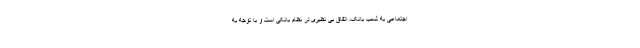
اجتماعی به شعب بانک، اتفاق بی نظیری در نظام بانکی است و با توجه به